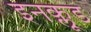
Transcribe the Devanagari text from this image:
इनक्लूड